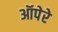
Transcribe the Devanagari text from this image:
ऑपेरे